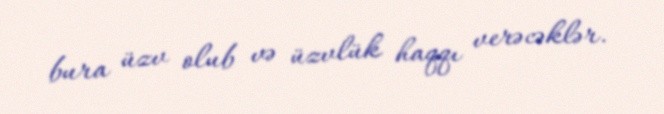
bura üzv olub və üzvlük haqqı verəcəklər.